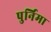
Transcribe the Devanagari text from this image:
पुर्निमा